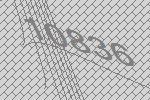
10836